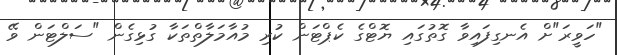
"ހަވީރަ"ށް އެނގިފައިވާ ގޮތުގައި ޔޮޓްގެ ކެޕްޓަން ކުރި މުއާމަލާތްތަކާ ގުޅިގެން "ސަލްޓަން ވޭ